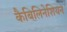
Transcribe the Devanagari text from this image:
कैबिलिनेशियन